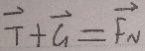
\overrightarrow { T } + \overrightarrow { G } = \overrightarrow { F _ { N } }